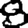
Digit: 8